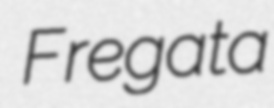
Fregata